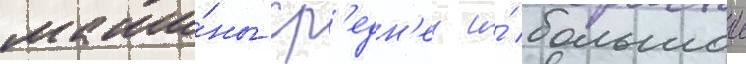
маши́ны ср'едн'еи и́ большои